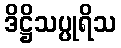
ဒိဋ္ဌိသပ္ပုရိသ